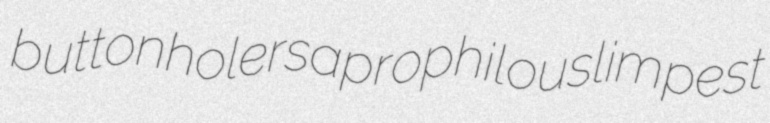
buttonholer saprophilous limpest